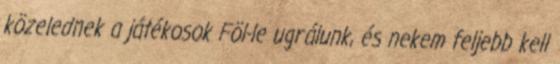
közelednek a játékosok Föl-le ugrálunk, és nekem feljebb kell